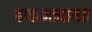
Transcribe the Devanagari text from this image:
ठणकल्यागत